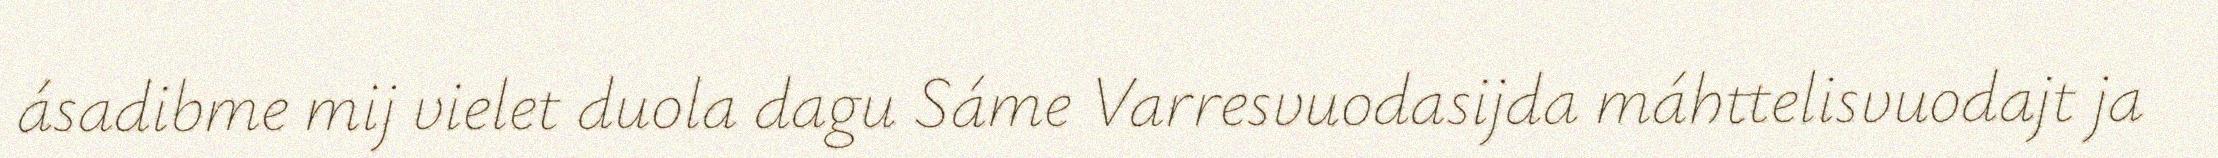
ásadibme mij vielet duola dagu Sáme Varresvuodasijda máhttelisvuodajt ja